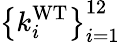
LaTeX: \left\{ k_{i}^{\mathrm{WT}}\right\} _{i=1}^{12}